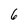
Character: 6